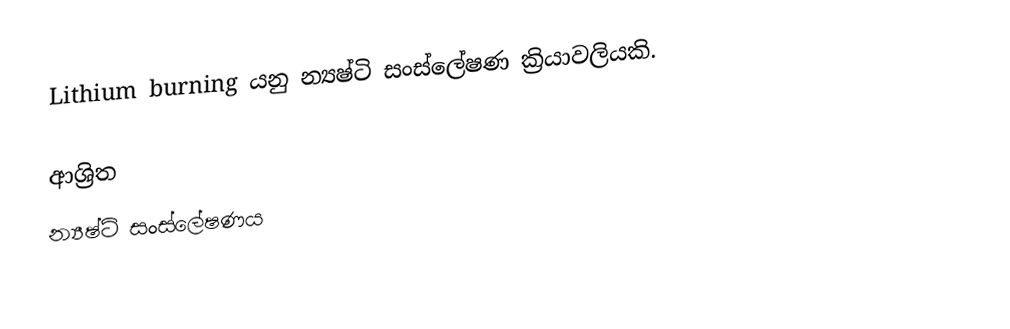
Lithium burning යනු න්‍යෂ්ටි සංස්ලේෂණ ක්‍රියාවලියකි.

ආශ්‍රිත
 න්‍යෂ්ටි සංස්ලේෂණය